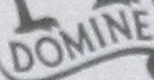
DOMINE